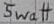
Text: 5Watt